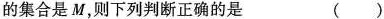
的集合是M，则下列判断正确的是()